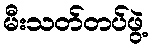
မီးသတ်တပ်ဖွဲ့